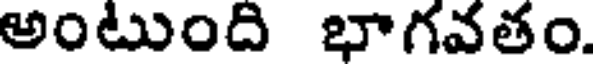
అంటుంది భాగవతం.